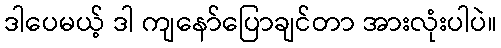
ဒါပေမယ့် ဒါ ကျနော်ပြောချင်တာ အားလုံးပါပဲ။